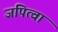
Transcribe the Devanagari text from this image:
जपित्वा